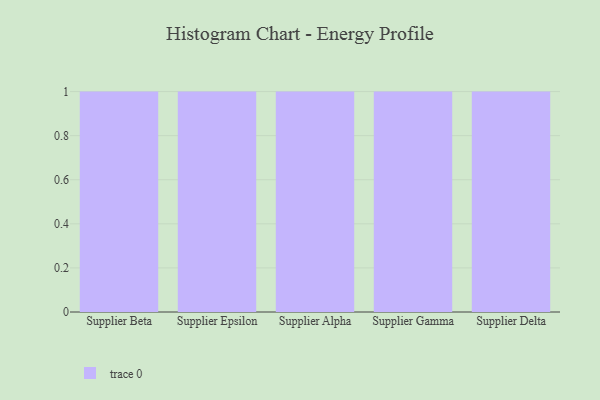
{"axis": {"x": "Supplier", "y": "Operating Costs (USD K)"}, "legend": [""], "data": [{"x": "Supplier Beta", "y": 57, "type": ""}, {"x": "Supplier Epsilon", "y": 25, "type": ""}, {"x": "Supplier Alpha", "y": 66, "type": ""}, {"x": "Supplier Gamma", "y": 97, "type": ""}, {"x": "Supplier Delta", "y": 40, "type": ""}]}